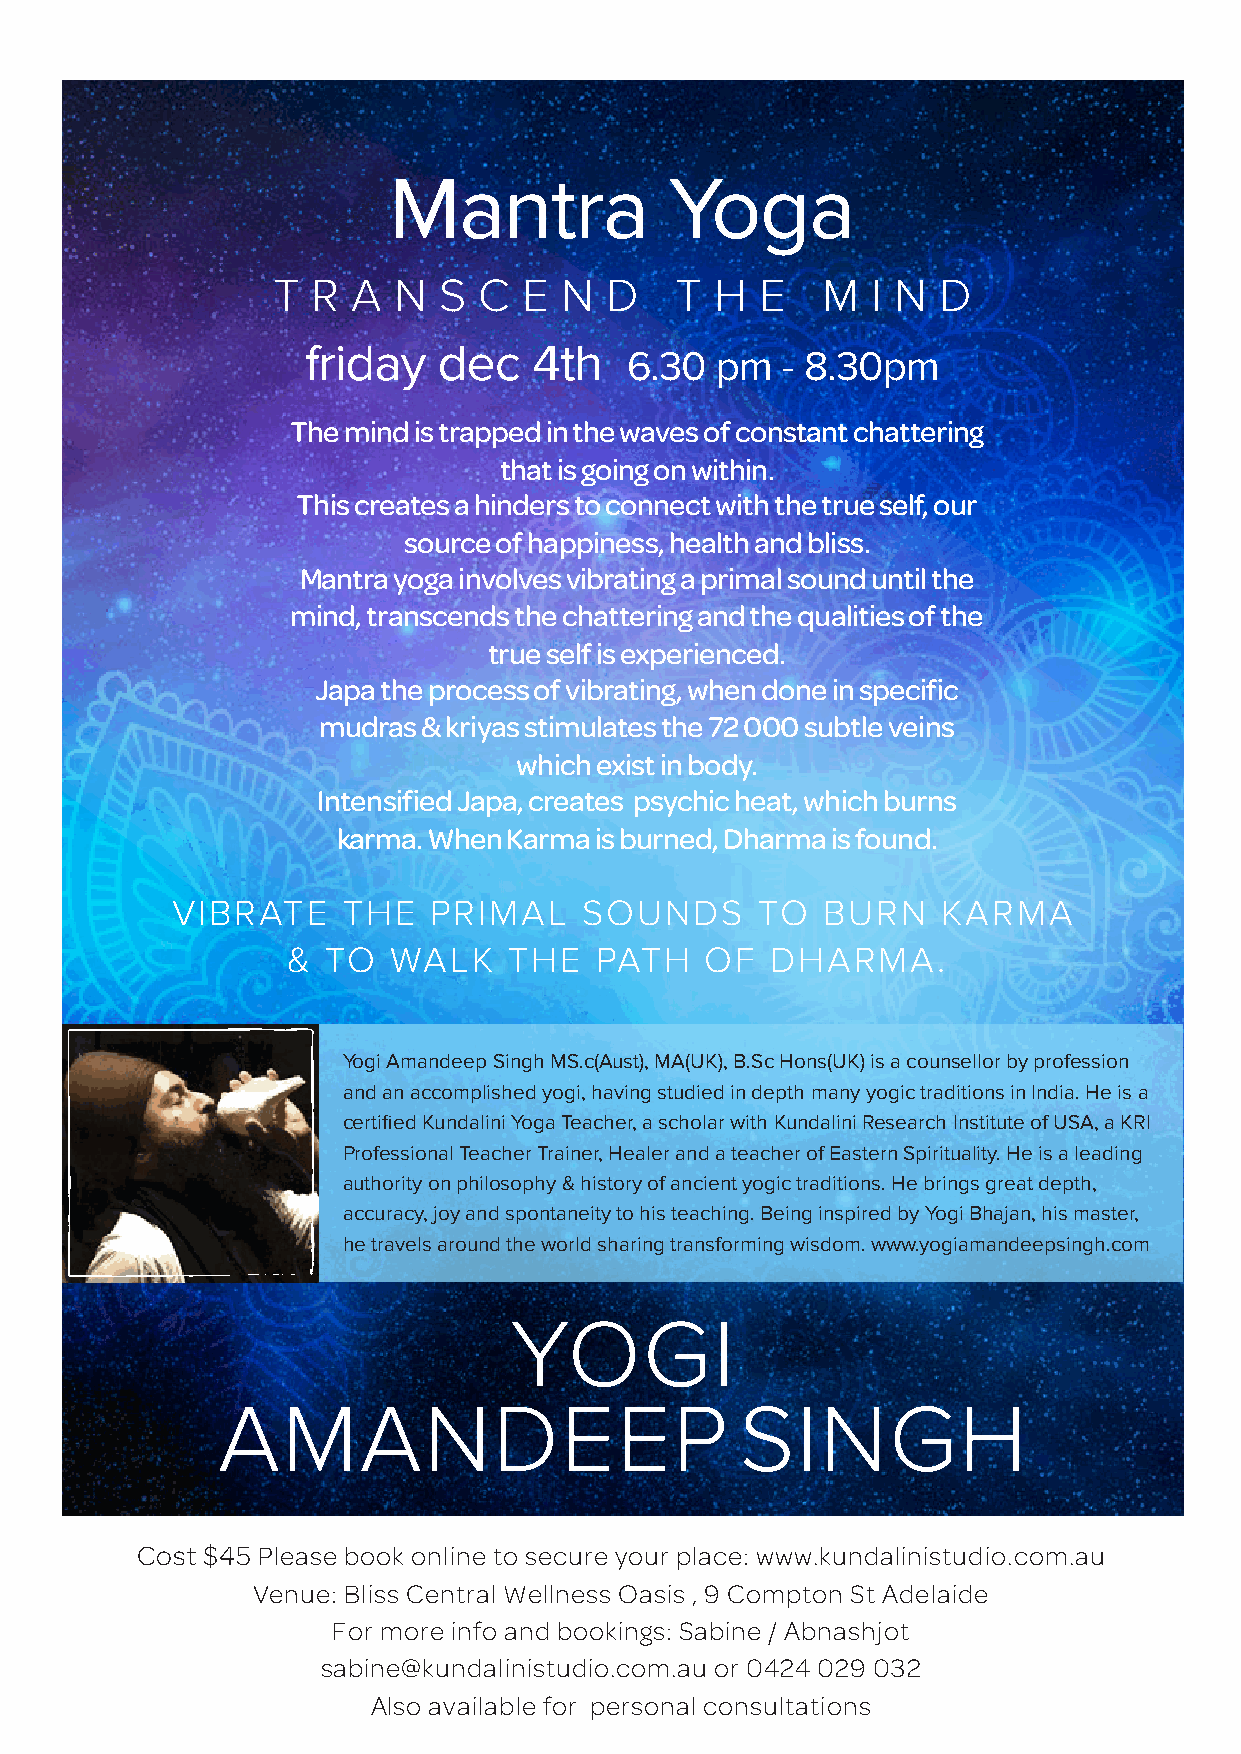
Mantra            Yoga
 T  R A  N  S  C  E N  D    T H  E   M   I N D
 friday   dec   4th
 6.30  pm   - 8.30pm
 The mind is trapped in the waves of constant chattering
 that is going on within.
 This creates a hinders to connect with the true self, our
 source of happiness, health and bliss.
 Mantra yoga involves vibrating a primal sound until the
 mind, transcends the chattering and the qualities of the
 true self is experienced.
 Japa the process of vibrating, when done in specific
 mudras & kriyas stimulates the 72 000 subtle veins
 which exist in body.
 Intensified Japa, creates psychic heat, which burns
 karma. When Karma is burned, Dharma is found.
 VIBRATE     THE  PRIMAL    SOUNDS      TO  BURN    KARMA
 &  TO  WALK    THE  PATH    OF  DHARMA.
 Yogi Amandeep Singh MS.c(Aust), MA(UK), B.Sc Hons(UK) is a counsellor by profession
 and an accomplished yogi, having studied in depth many yogic traditions in India. He is a
 certified Kundalini Yoga Teacher, a scholar with Kundalini Research Institute of USA, a KRI
 Professional Teacher Trainer, Healer and a teacher of Eastern Spirituality. He is a leading
 authority on philosophy & history of ancient yogic traditions. He brings great depth,
 accuracy, joy and spontaneity to his teaching. Being inspired by Yogi Bhajan, his master,
 he travels around the world sharing transforming wisdom. www.yogiamandeepsingh.com
 YOGI
 AMANDEEP                           SINGH
 Cost $45 Please book online to secure your place: www.kundalinistudio.com.au
 Venue: Bliss Central Wellness Oasis , 9 Compton St Adelaide
 For more info and bookings: Sabine / Abnashjot
 sabine@kundalinistudio.com.au or 0424 029 032
 Also available for personal consultations